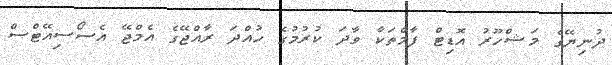
ދުނިޔޭގެ މަޝްހޫރު އޮޑިޓް ފާމްތަކާ ވާދަ ކުރުމުގެ ހުއްދަ ރާއްޖޭގެ އެމްޖޭ އެސޯސިއޭޓްސް